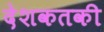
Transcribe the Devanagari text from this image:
देशकतकी